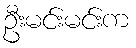
ဦးမင်းမင်းက